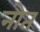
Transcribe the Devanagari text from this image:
नोत